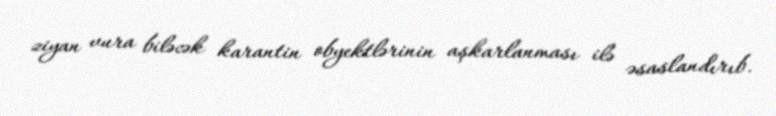
ziyan vura biləcək karantin obyektlərinin aşkarlanması ilə əsaslandırıb.